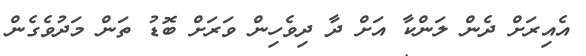
އެއިރަށް ދެން ލަންކާ އަށް ދާ ދިވެހިން ވަރަށް ބޮޑު ތަން މަދުވެގެން